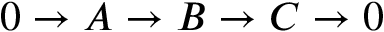
0 \to A \to B \to C \to 0